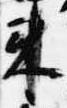
来